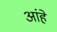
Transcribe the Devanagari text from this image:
आंहे